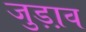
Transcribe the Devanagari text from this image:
जुड़ा़व